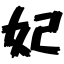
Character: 妃